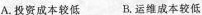
A.投资成本较低 B.运维成本较低